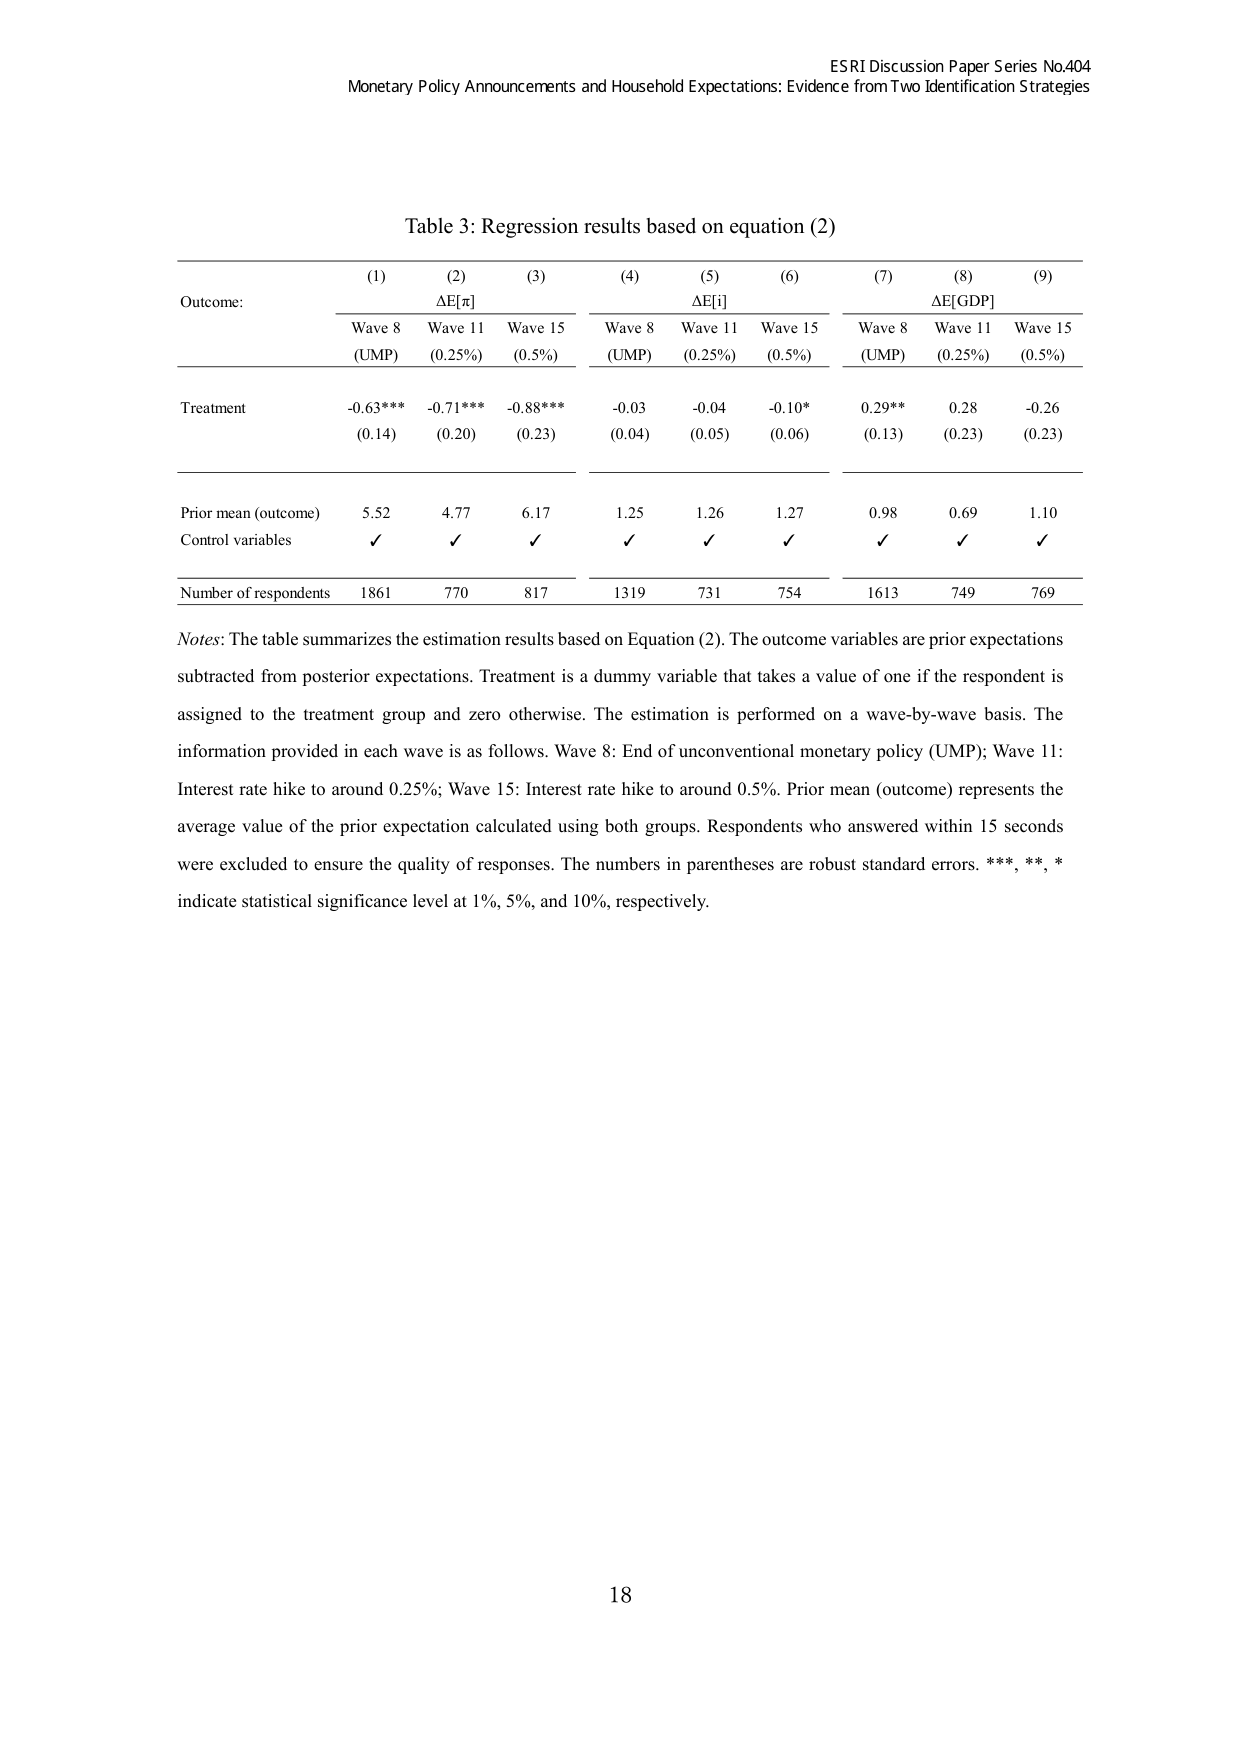
ESRI Discussion Paper Series No.404
Monetary Policy Announcements and Household Expectations: Evidence from Two Identification Strategies

Table 3: Regression results based on equation (2)

(1)          (2)          (3)          (4)          (5)          (6)          (7)          (8)          (9)
Outcome:     ΔE[π]        ΔE[i]        ΔE[GDP]
             Wave 8       Wave 11      Wave 15     Wave 8       Wave 11      Wave 15     Wave 8       Wave 11      Wave 15
             (UMP)        (0.25%)      (0.5%)      (UMP)        (0.25%)      (0.5%)      (UMP)        (0.25%)      (0.5%)

Treatment    -0.63***     -0.71***     -0.88***    -0.03        -0.04        -0.10*      0.29**       0.28         -0.26
             (0.14)       (0.20)       (0.23)      (0.04)       (0.05)       (0.06)      (0.13)       (0.23)       (0.23)

Prior mean (outcome)   5.52         4.77         6.17         1.25         1.26         1.27         0.98         0.69         1.10
Control variables      ✓            ✓            ✓            ✓            ✓            ✓            ✓            ✓            ✓

Number of respondents  1861         770          817          1319         731          754          1613         749          769

Notes: The table summarizes the estimation results based on Equation (2). The outcome variables are prior expectations subtracted from posterior expectations. Treatment is a dummy variable that takes a value of one if the respondent is assigned to the treatment group and zero otherwise. The estimation is performed on a wave-by-wave basis. The information provided in each wave is as follows. Wave 8: End of unconventional monetary policy (UMP); Wave 11: Interest rate hike to around 0.25%; Wave 15: Interest rate hike to around 0.5%. Prior mean (outcome) represents the average value of the prior expectation calculated using both groups. Respondents who answered within 15 seconds were excluded to ensure the quality of responses. The numbers in parentheses are robust standard errors. ***, **, * indicate statistical significance level at 1%, 5%, and 10%, respectively.

18